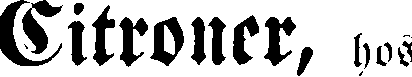
Citroner, hos